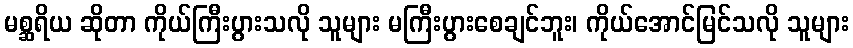
မစ္ဆရိယ ဆိုတာ ကိုယ်ကြီးပွားသလို သူများ မကြီးပွားစေချင်ဘူး၊ ကိုယ်အောင်မြင်သလို သူများ